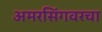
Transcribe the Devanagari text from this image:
अमरसिंगवरचा